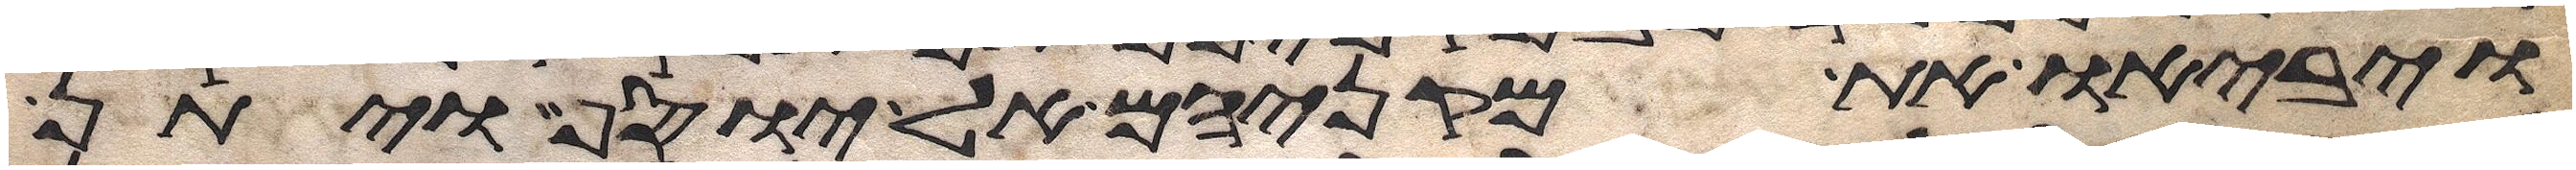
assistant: ויביאו את מקניהם אל יוסף ויתן